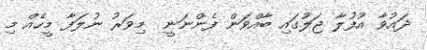
ދައުވާ އުފުލާ ޖަލުގައި ބާއްވަން ފެންނަނީ  މިވަރު ނުލަފާ މީހެއް މި